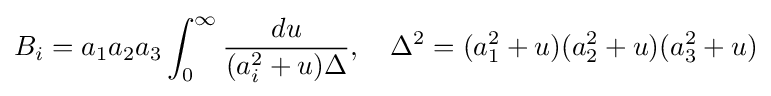
B_{i}=a_{1}a_{2}a_{3}\int _{0}^{\infty }{\frac {du}{(a_{i}^{2}+u)\Delta }},\quad \Delta ^{2}=(a_{1}^{2}+u)(a_{2}^{2}+u)(a_{3}^{2}+u)